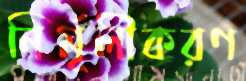
নির্মূলীকরণ